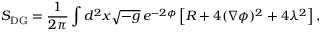
S _ { \mathrm { { D G } } } = \frac { 1 } { 2 \pi } \int \/ d ^ { 2 } x \sqrt { - g } \, e ^ { - 2 \phi } \left[ R + 4 ( \nabla \phi ) ^ { 2 } + 4 \lambda ^ { 2 } \right] ,